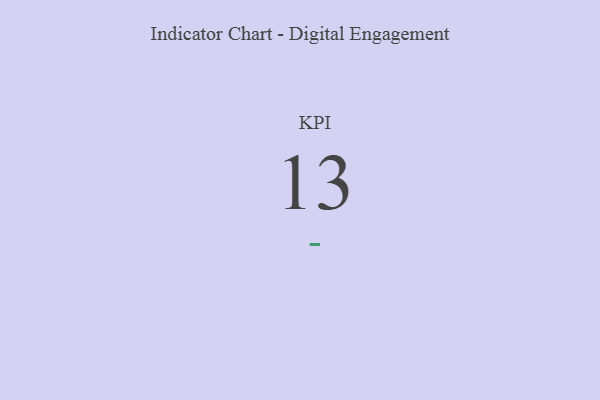
{"axis": {"x": "KPI", "y": "Value"}, "legend": [""], "data": [{"x": "KPI", "y": 13, "type": ""}]}